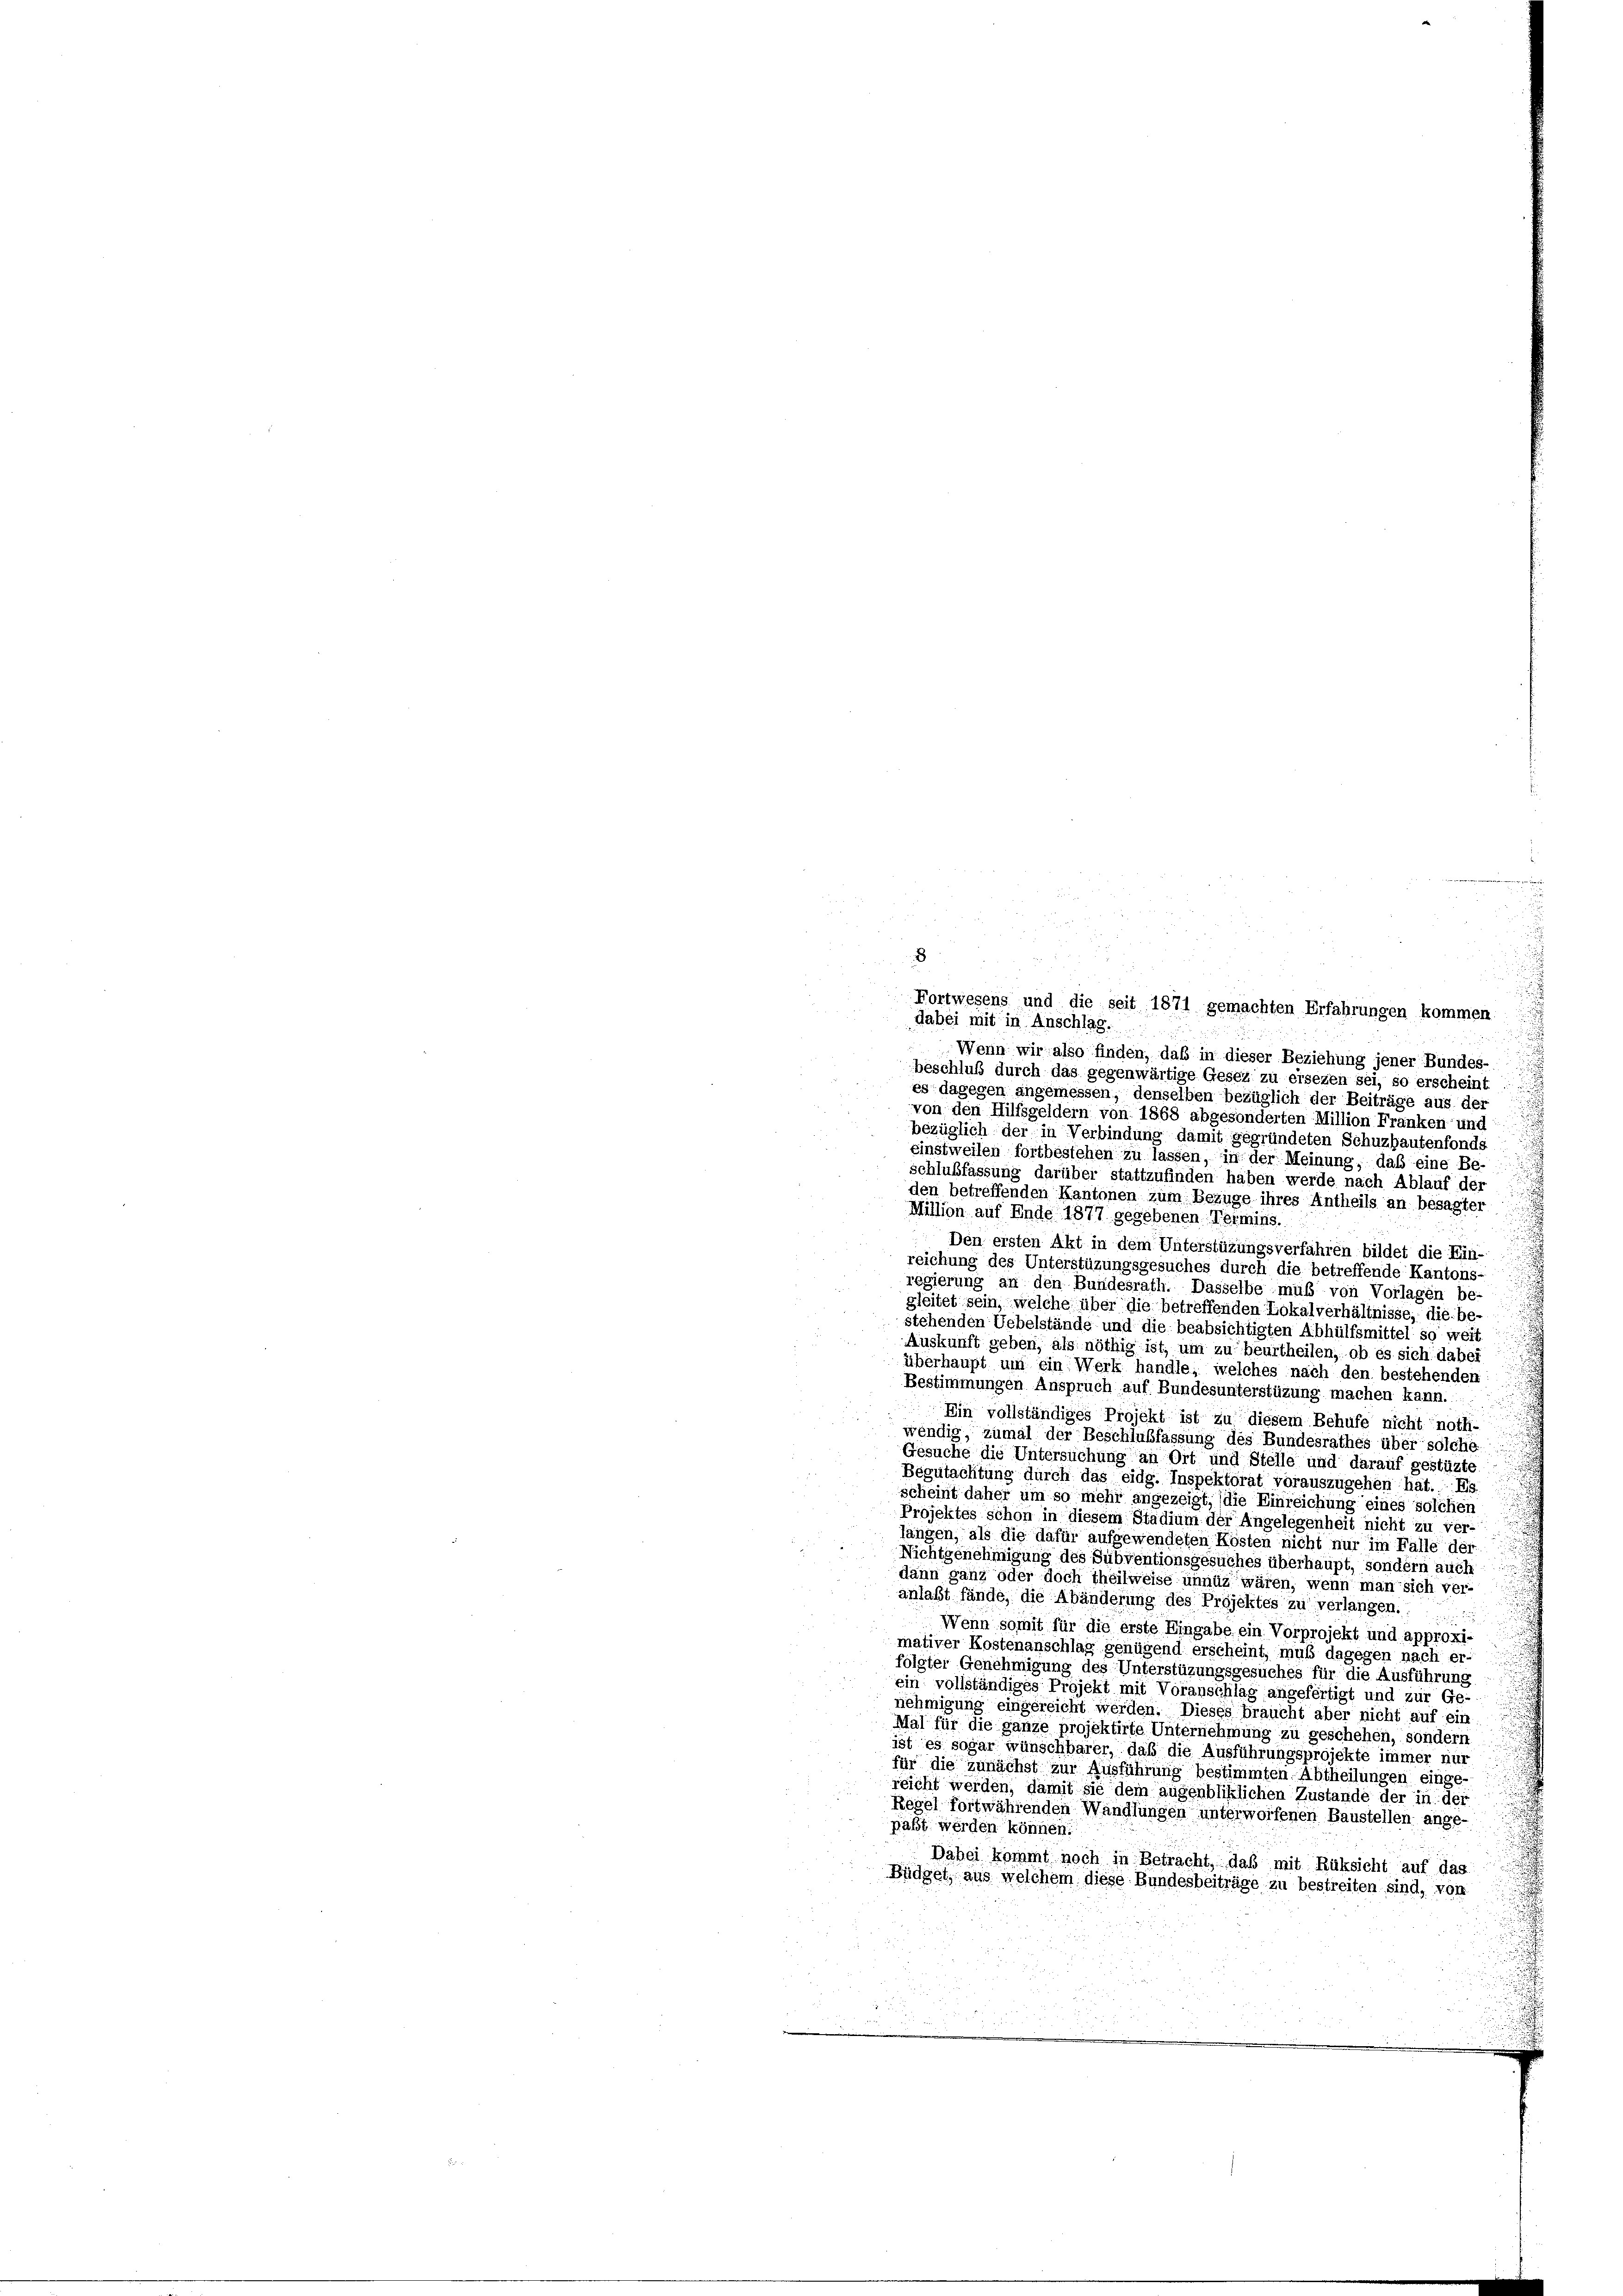
8
Fortwesens und die seit 1871 gemachten Erfahrungen kommen.
dabei mit in Anschlag.
Wenn wir also finden, daß in dieser Beziehung jener Bundes-
beschluß durch das gegenwärtige Gesez zu ersezen sei, so erscheint
es dagegen angemessen, denselben bezüglich der Beiträge aus des
von den Hilfsgeldern von 1868 abgesonderten Million Franken und
bezüglich der in Verbindung damit gegründeten Schuzhautenfonds
einstweilen fortbestehen zu lassen, in der Meinung, daß eine Be-
schlußfassung darüber stattzufinden haben werde nach Ablauf der
den betreffenden Kantonen zum Bezüge ihres Antheils an besagter
Million auf Ende 1877 gegebenen Termins.
Den ersten Akt in dem Unterstüzungsverfahren bildet die Ein-
reichung des Unterstüzungsgesuches durch die betreffende Kantons-
regierung an den Bundesrath. Dasselbe muß von Vorlagen be-
gleitet sein, welche über die betreffenden Lokalverhältnisse, die be-
stehenden Uebelstände und die beabsichtigten Abhülfsmittel so weit
Auskunft geben, als nöthig ist, um zu beurtheilen, ob es sich dabei
überhaupt um ein Werk handle, welches nach den bestehenden
Bestimmungen Anspruch auf Bundesunterstüzung machen kann.
Ein vollständiges Projekt ist zu diesem Behufe nicht noth-
wendig, zumal der Beschlußfassung des Bundesrathes über solche
Gesuche die Untersuchung an Ort und Stelle und darauf gestüzte
Begutachtung durch das eidg. Inspektorat vorauszugehen hat. Es
scheint daher um so mehr angezeigt, die Einreichung eines solchen
Projektes schon in diesem Stadium der Angelegenheit nicht zu ver-
langen, als die dafür aufgewendeten Kosten nicht nur im Fälle der
Nichtgenehmigung des Subventionsgesuches überhaupt, sondern auch
dann ganz oder doch theilweise unnüz wären, wenn man sich ver-
anlaßt fände, die Abänderung des Projektes zu verlangen.
Wenn somit für die erste Eingabe ein Vorprojekt und approxi-
mativer Kostenanschlag genügend erscheint, muß dagegen nach er-
folgter Genehmigung des Unterstüzungsgesuches für die Ausführung
ein vollständiges Projekt mit Voranschlag angefertigt und zur Ge-
nehmigung eingereicht werden. Dieses braucht aber nicht auf ein
Mal für die ganze projektirte Unternehmung zu geschehen, sondern
ist es sogar wünschbarer, daß die Ausführungsprojekte immer nur
für die zunächst zur Ausführung bestimmten Abtheilungen einge-
.
reicht werden, damit sie dem augenbliklichen Zustande der in der
Regel fortwährenden Wandlungen unterworfenen Baustellen ange-
paßt werden können.
Dabei kommt noch in Betracht, daß mit Rüksicht auf das
Büdget, aus welchem diese Bundesbeiträge zu bestreiten sind, von